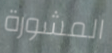
المشورة